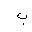
Letter: _ba